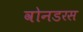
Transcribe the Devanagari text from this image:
वोनडरस